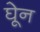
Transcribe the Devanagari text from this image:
घेून